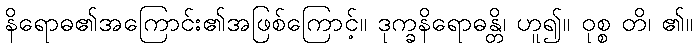
နိရောဓ၏အကြောင်း၏အဖြစ်ကြောင့်။ ဒုက္ခနိရောဓန္တိ၊ ဟူ၍။ ဝုစ္စ တိ၊ ၏။